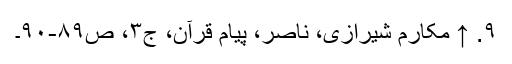
۹. ↑ مکارم شیرازی، ناصر، پیام قرآن، ج‌۳، ص‌۸۹-۹۰۔